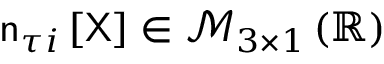
\mathsf { n } _ { \tau i } \left[ \mathsf { X } \right] \in \mathcal { M } _ { 3 \times 1 } \left( \mathbb { R } \right)